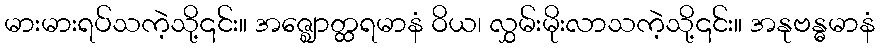
မားမားရပ်သကဲ့သို့၎င်း။ အဇ္ဈောတ္ထရမာနံ ဝိယ၊ လွှမ်းမိုးလာသကဲ့သို့၎င်း။ အနုဗန္ဓမာနံ